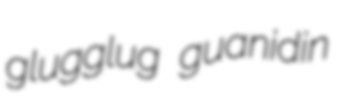
glugglug guanidin